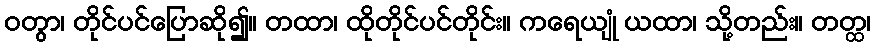
ဝတွာ၊ တိုင်ပင်ပြောဆို၍။ တထာ၊ ထိုတိုင်ပင်တိုင်း။ ကရေယျုံ ယထာ၊ သို့တည်း။ တတ္ထ၊